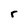
Character: r